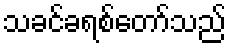
သခင်ခရစ်တော်သည်